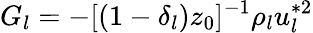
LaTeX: G_{l}=-[(1-\delta_{l})z_{0}]^{-1}\rho_{l}u_{l}^{*2}